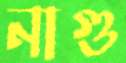
নাগু